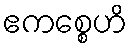
ဧကစ္စေဟိ